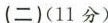
{二)(11分〉